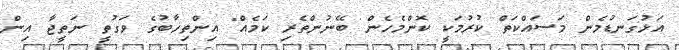
އަޅުގަނޑުމެން މަސައްކަތް ކުރުމަކީ ކޮންމެހެން ބޭނުންތެރި ކަމެއް" އިންތިހާބުގެ ވަގުތީ ނަތީޖާ އިން